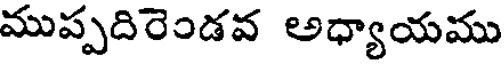
ముప్పదిరెండవ అధ్యాయము